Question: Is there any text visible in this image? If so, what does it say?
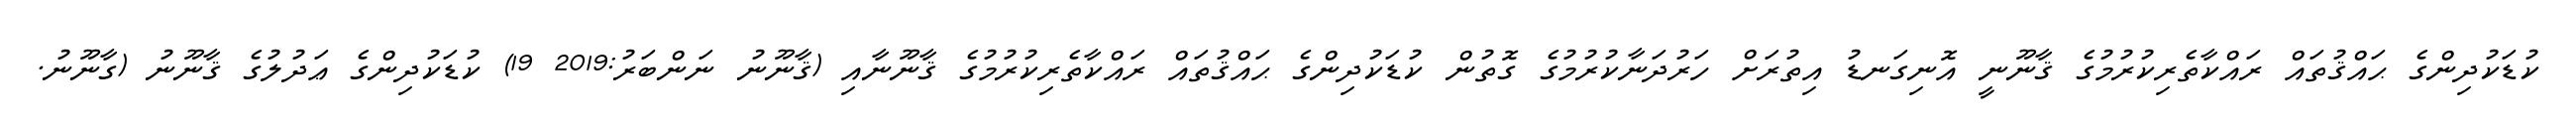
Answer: ކުޑަކުދިންގެ ޙައްޤުތައް ރައްކާތެރިކުރުމުގެ ޤާނޫނީ އޮނިގަނޑު އިތުރަށް ހަރުދަނާކުރުމުގެ ގޮތުން ކުޑަކުދިންގެ ޙައްޤުތައް ރައްކާތެރިކުރުމުގެ ޤާނޫނާއި (ޤާނޫނު ނަންބަރު:2019 19) ކުޑަކުދިންގެ ޢަދުލުގެ ޤާނޫނު (ގާނޫނު.